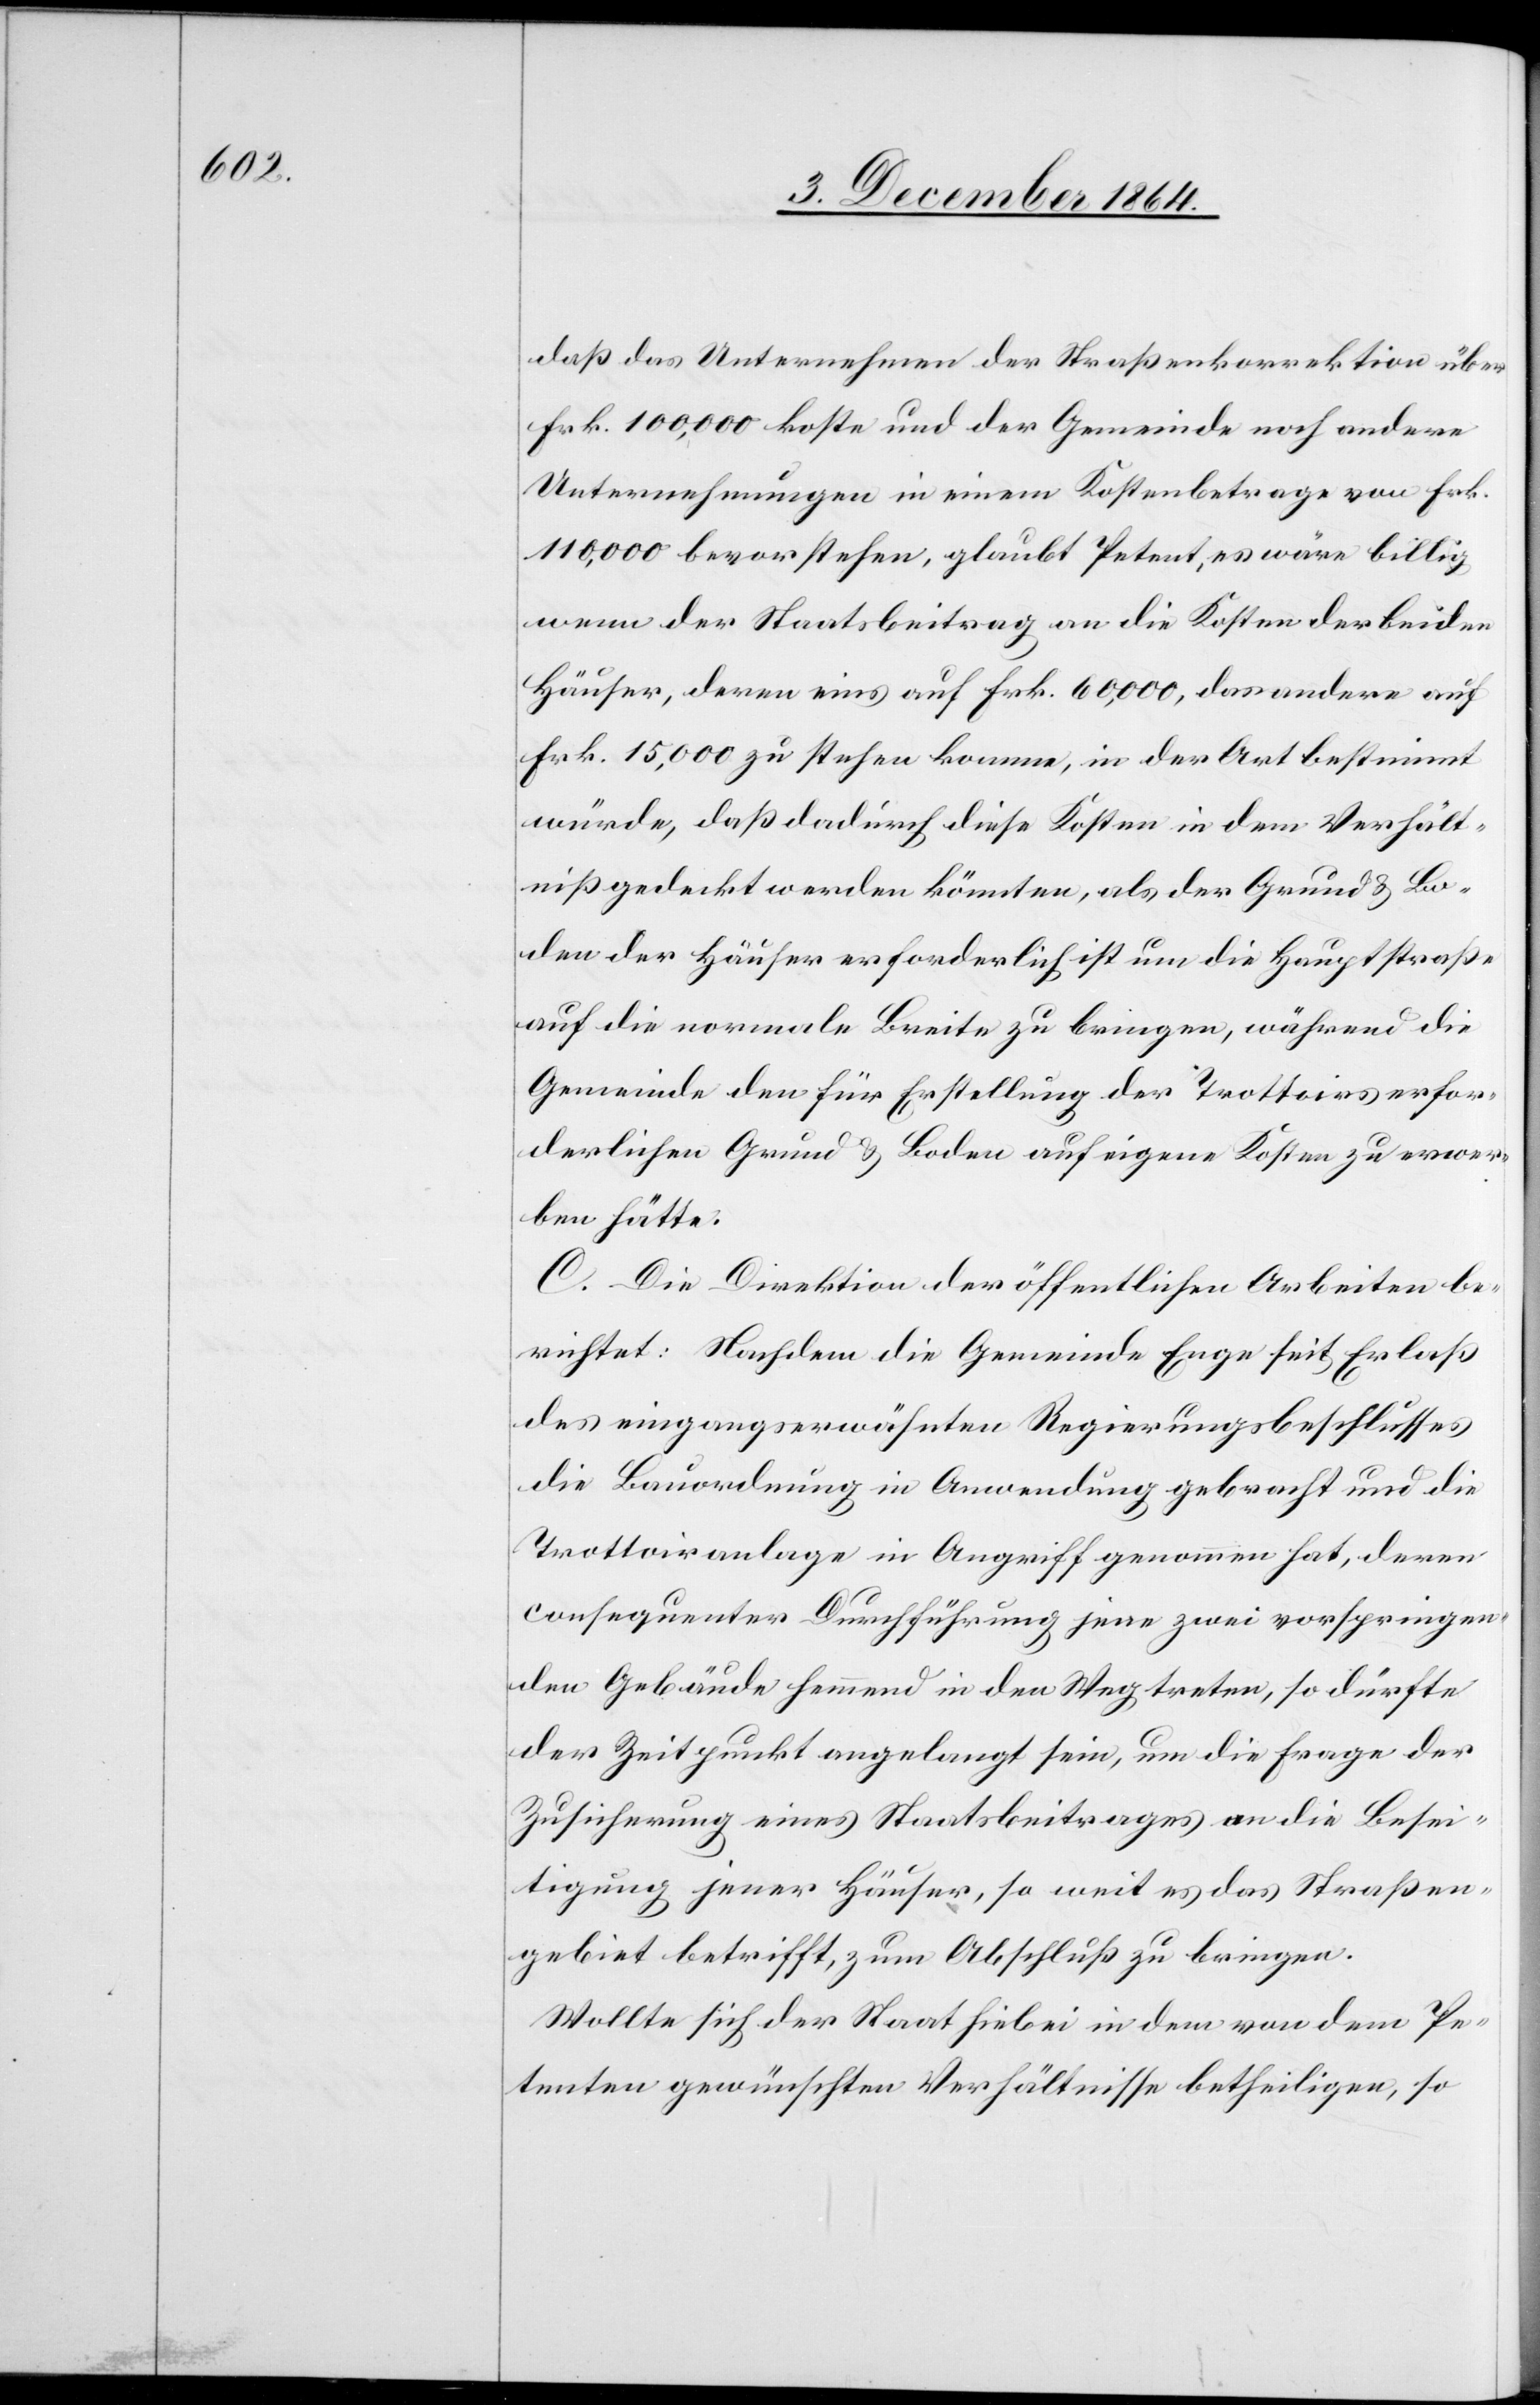
daß das Unternehmen der Straßenkorrektion über
Frk. 100,000 koste und der Gemeinde noch andere
Unternehmungen in einem Kostenbetrage von Frk.
110,000 bevorstehen, glaubt Petent, es wäre billig
wenn der Staatsbeitrag an die Kosten der beiden
Häuser, deren eins auf Frk. 60,000, das andere auf
Frk. 15,000 zu stehen komme, in der Art bestimmt
würde, daß dadurch diese Kosten in dem Verhält¬
niß gedeckt werden könnten, als der Grund & Bo¬
den der Häuser erforderlich ist um die Hauptstraße
auf die normale Breite zu bringen, während die
Gemeinde den für Erstellung der Trottoirs erfor¬
derlichen Grund & Boden auf eigene Kosten zu erwer¬
ben hätte.
C. Die Direktion der öffentlichen Arbeiten be¬
richtet: Nachdem die Gemeinde Enge seit Erlaß
des eingangserwähnten Regierungsbeschlusses
die Bauordnung in Anwendung gebracht und die
Trottoiranlage in Angriff genommen hat, deren
consequenter Durchführung jene zwei vorspringen¬
den Gebäude hemmend in den Weg treten, so dürfte
der Zeitpunkt angelangt sein, um die Frage der
Zusicherung eines Staatsbeitrages an die Besei¬
tigung jener Häuser, so weit es das Straßen¬
gebiet betrifft, zum Abschluß zu bringen.
Wollte sich der Staat hiebei in dem von dem Pe¬
tenten gewünschten Verhältnisse betheiligen, so